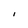
Character: 1